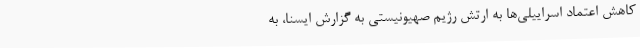
کاهش اعتماد اسراییلی‌ها به ارتش رژیم صهیونیستی به گزارش ایسنا، به